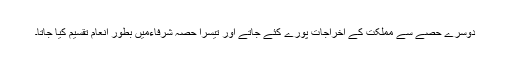
دوسرے حصے سے مملکت کے اخراجات پورے کئے جاتے اور تیسرا حصہ شرفاءمیں بطور انعام تقسیم کیا جاتا۔